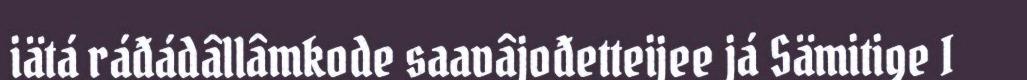
iätá ráđádâllâmkode saavâjođetteijee já Sämitige I